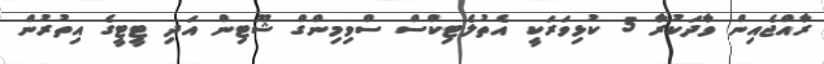
ރާއްޖެއިން ވާދަކުރާ 5 ކުޅިވަރަކީ އެތުލެޓިކްސް ސްވިމިންގް ޝޫޓިން އަދި ޓީޓީގެ އިތުރުން